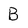
Character: B